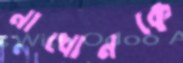
নাখোনকে